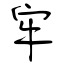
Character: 牢